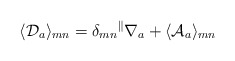
\begin{align*}\langle {\cal D}_a\rangle_{mn}=\delta_{mn}{}^\parallel\nabla_a+\langle {\cal A}_a\rangle_{mn}\end{align*}